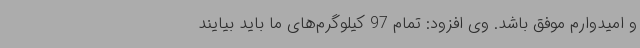
و امیدوارم موفق باشد. وی افزود: تمام 97 کیلوگرم‌های ما باید بیایند